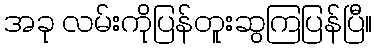
အခု လမ်းကိုပြန်တူးဆွကြပြန်ပြီ။